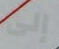
إلى